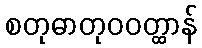
စတုဓာတုဝဝတ္ထာန်